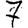
Digit: 7